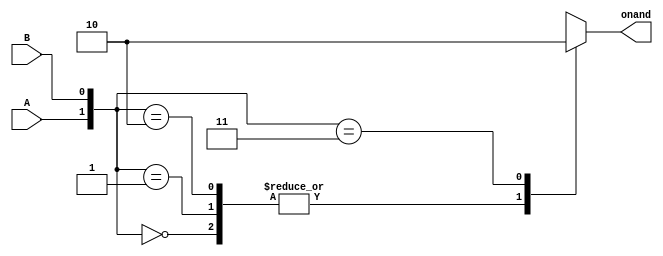
module NAND (output reg onand, input A, B);
always @(A,B)//always is monitoring these inputs, this is the sensitivity list
    case ({A,B})//The curly braces is concatenating the values for these two inputs
                //this operates like a switch case
        2'b00:onand=1;//2 is saying the number of 
        2'b01:onand=1;
        2'b10:onand=1;
        2'b11:onand=0;
    endcase
endmodule